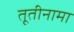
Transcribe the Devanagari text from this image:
तूतीनामा